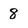
Character: 8